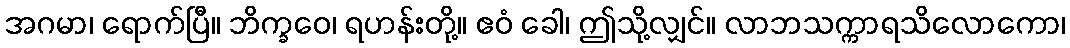
အဂမာ၊ ရောက်ပြီ။ ဘိက္ခဝေ၊ ရဟန်းတို့။ ဧဝံ ခေါ၊ ဤသို့လျှင်။ လာဘသက္ကာရသိလောကော၊